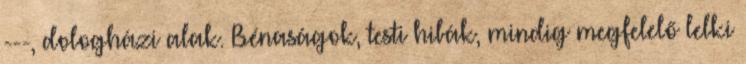
---, dologházi alak. Bénaságok, testi hibák, mindig megfelelő lelki